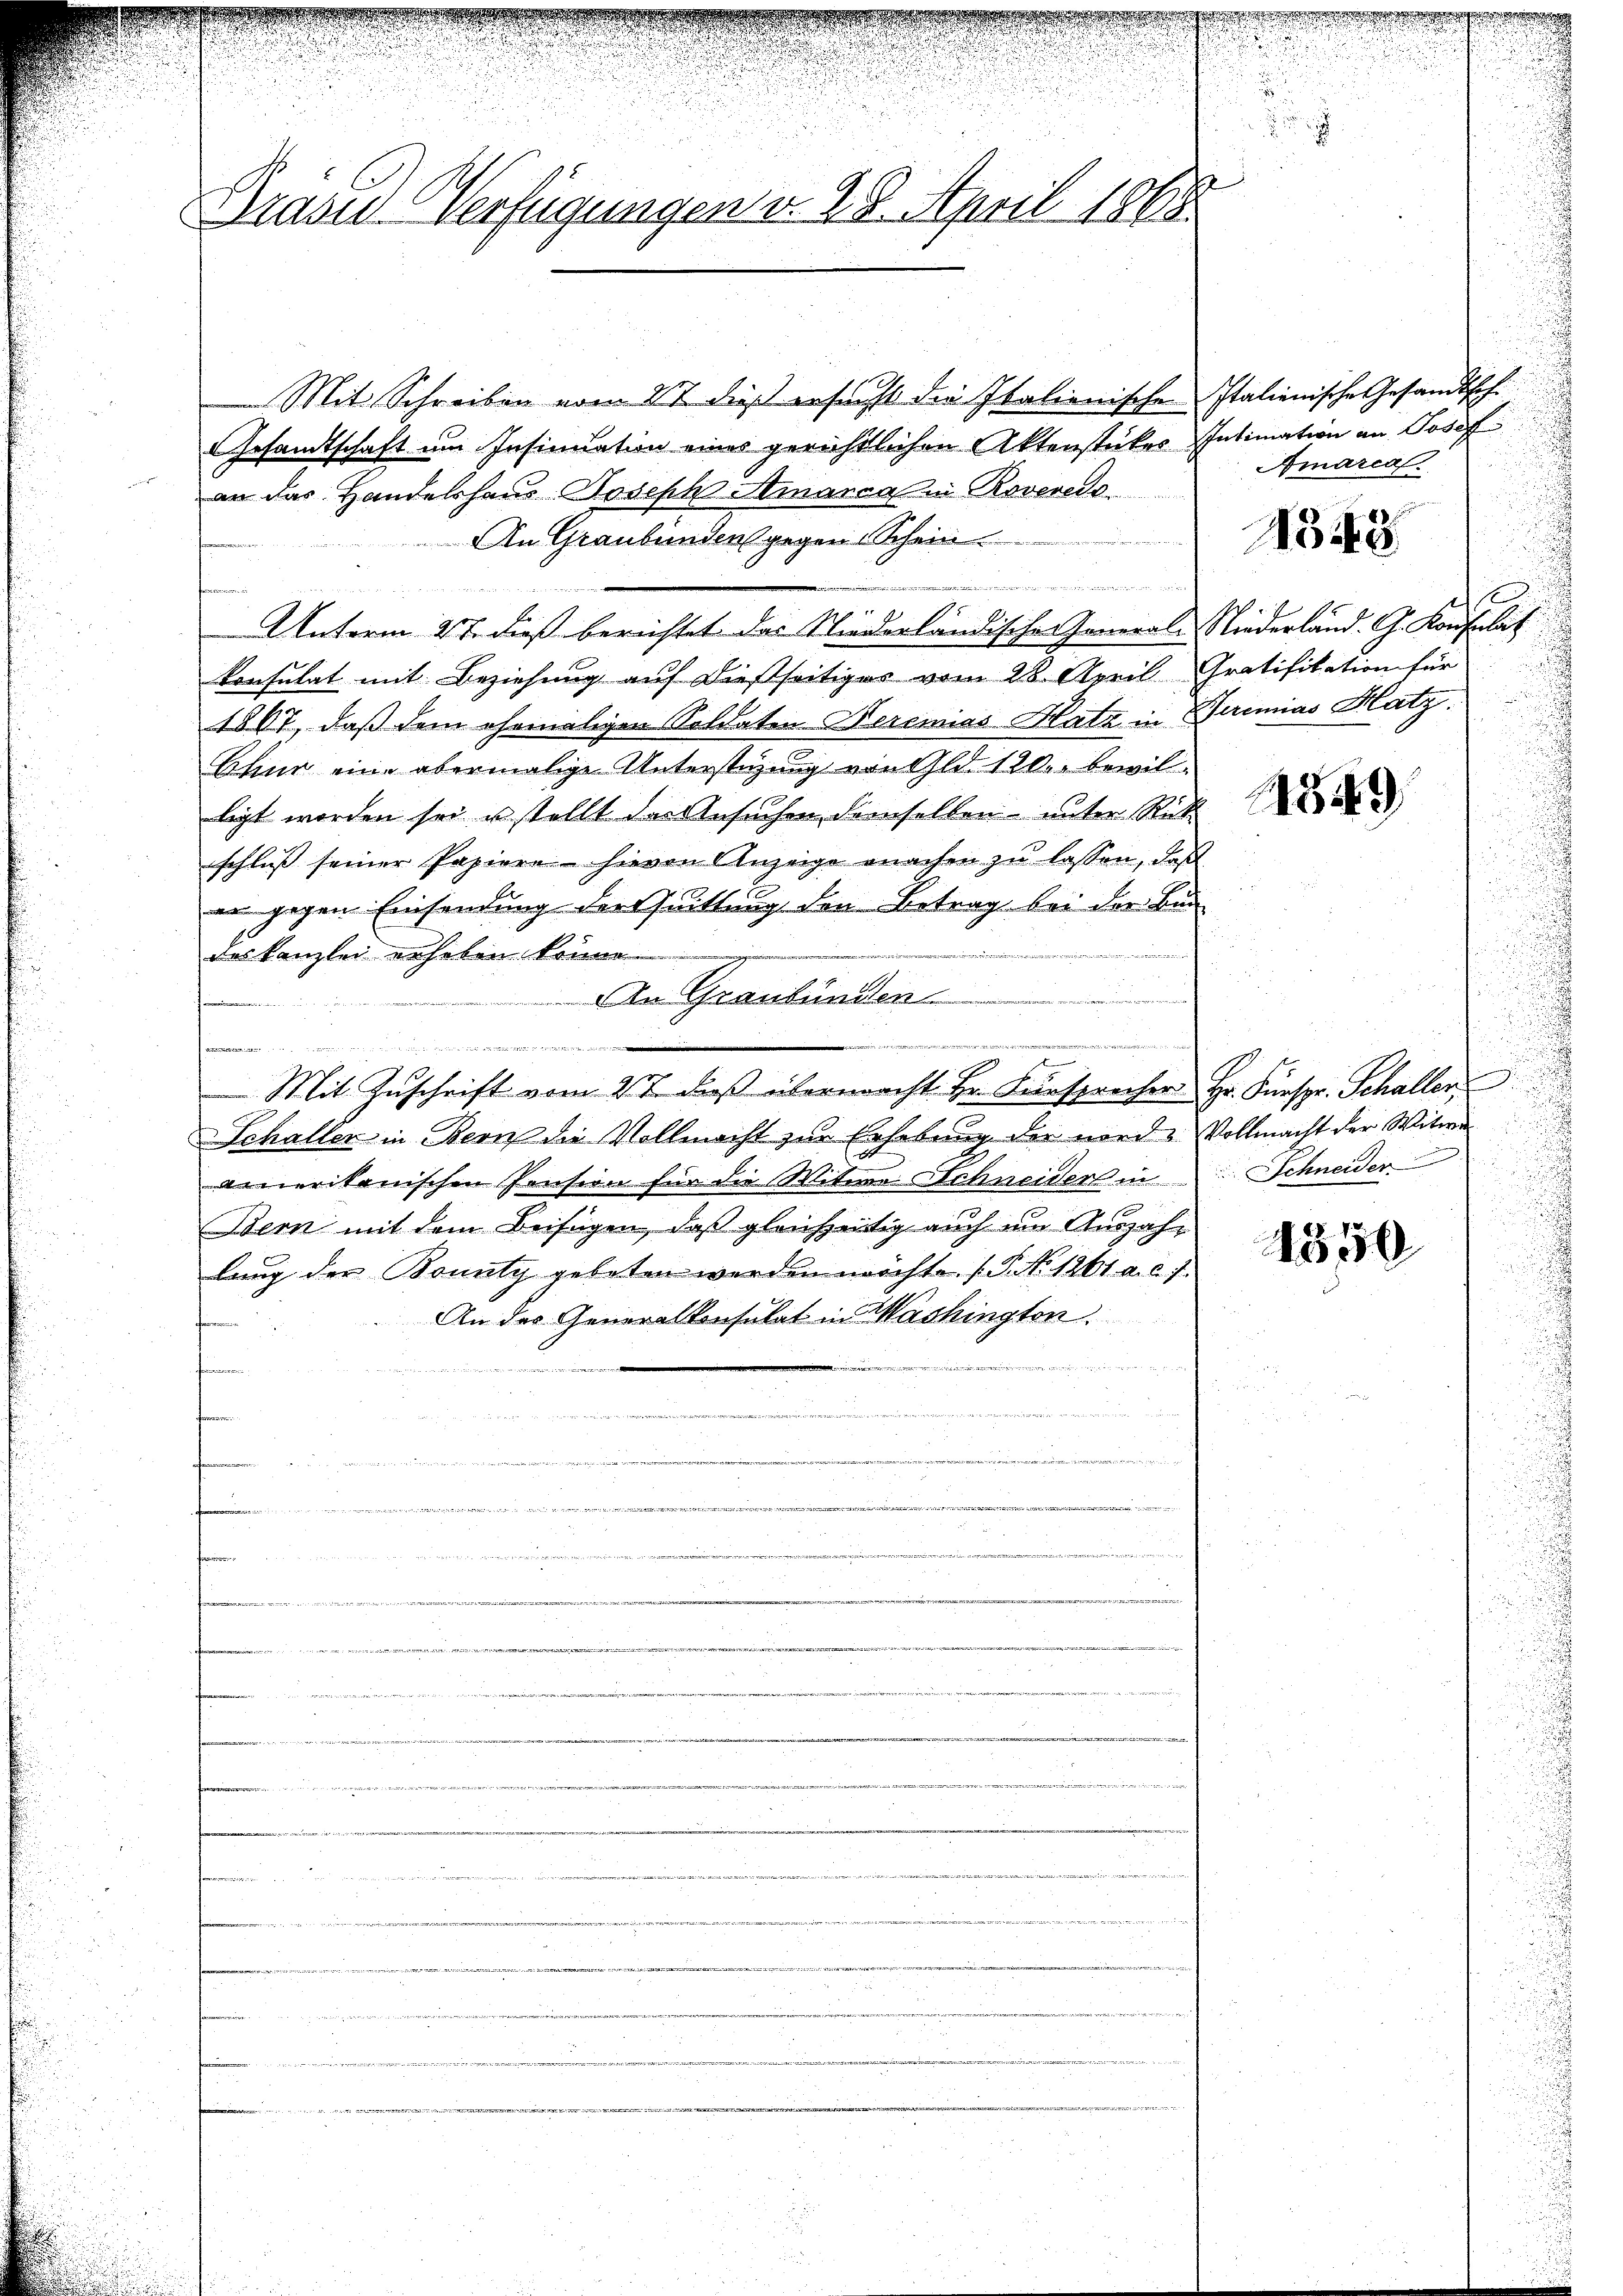
Bruder Verfügungen v. 29. April 1865.

Mit Schreiben vom 2t dieß ersucht die Italienischen Italienische Gesandtsch.
Gesamtschaft um Insinuation eines gerichtlichen Aktenstückes Intimation an Josef
an das Handelshaus Joseph Amanca in Rovereis
An Graubünden gegen Schein
w
Unterm 27. dieß berichtet das Niederländischer General-Niederland. G. Konsulat
konsulat mit Beziehung auf dießseitiges vom 28. April Gratifikation für
1867, daß dem ehemaligen Soldaten Beremias Hatz in Beremias Hatz.
Ehier eine abermalige Unterstüzung von Gld. 120. bewilligt worden sei u stellt der Ansuchen demselben unter Rück
schluss seiner Papiere hievon Anzeige machen zu lassen, daß
an gegen Einsendung der Quittung den Betrag bei der Bun

deskanzlei erheben könne.
n
An Graubünden.
Mit Zŭschrift vom 2t. daβ übermacht Hr. Fürsprecher Hr. Fürspr. Schallen
Schaller in Bern die Vollmacht zur Erhebung der nord u Vollmacht der Witwe
amerikanischen Pension für die Witwe Schneiders in Schneider
Bern mit dem Beifügen, daß gleichzeitig auch um Auszahlang der Bounty gebeten werden möchte. (T. No 1261. a. c. f
An des Generalkonsulat in Washington.

s
u
n

 wesen
e
e
n
m
i
rmt und vernen meinem anden werde

Amarca

N

1f
2
i

1849

4350

n